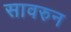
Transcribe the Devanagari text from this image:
सावरुन